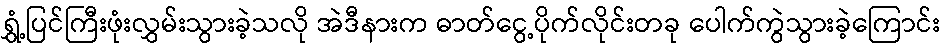
ရွှံ့ပြင်ကြီးဖုံးလွှမ်းသွားခဲ့သလို အဲဒီနားက ဓာတ်ငွေ့ပိုက်လိုင်းတခု ပေါက်ကွဲသွားခဲ့ကြောင်း